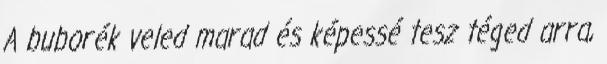
A buborék veled marad és képessé tesz téged arra,